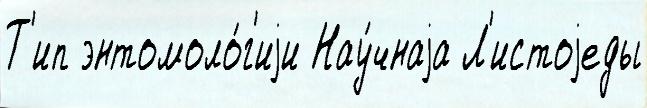
Т'ип энтомоло́г'иjи Нау́чнаjа Л'истоjеды